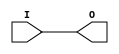
`timescale 1ns / 1ps
//////////////////////////////////////////////////////////////////////////////////
// Company: 
// Engineer: 
// 
// Design Name: 
// Module Name:    OBUF8 
// Project Name: 
// Target Devices: 
// Tool versions: 
// Description: 
//
// Dependencies: 
//
// Revision: 
// Revision 0.01 - File Created
// Additional Comments: 
//
//////////////////////////////////////////////////////////////////////////////////
module OBUF8(
    input [7:0] I,
    output [7:0] O
    );

assign O = I;
endmodule